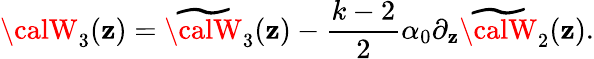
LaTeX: {{\calW}_{3}(\mathbf{z})}={\widetilde{{\calW}}_{3}(\mathbf{z})}-\frac{{k-2}}{{2}}\alpha_{0}\partial_{\mathbf{z}}{\widetilde{{\calW}}_{2}(\mathbf{z})}.